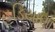
હડિયાણા